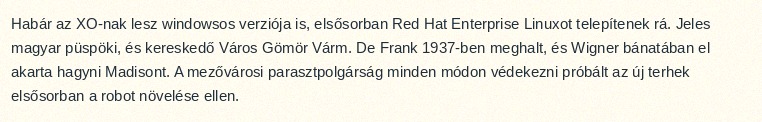
Habár az XO-nak lesz windowsos verziója is, elsősorban Red Hat Enterprise Linuxot telepítenek rá. Jeles magyar püspöki, és kereskedő Város Gömör Várm. De Frank 1937-ben meghalt, és Wigner bánatában el akarta hagyni Madisont. A mezővárosi parasztpolgárság minden módon védekezni próbált az új terhek elsősorban a robot növelése ellen.